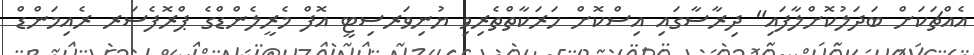
އެއްޗަކަށް ބަދަލުކޮށްލާފައި" ދިރާސާގައި އިސްކޮށް ހަރަކާތްތެރިވި ޔުނިވަރސިޓީ އޮފް މެރީލެންޑްގެ ޕްރޮފެސަރ ރެއިމަންޑް